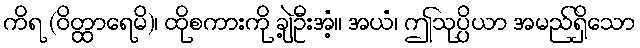
ကိရ (ဝိတ္ထာရေမိ)၊ ထိုစကားကို ချဲ့ဦးအံ့။ အယံ၊ ဤသုပ္ပိယာ အမည်ရှိသော